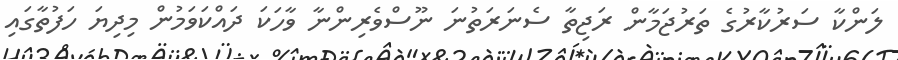
ލަންކާ ސަރުކާރުގެ ތަރުޖަމާން ރަޖިތާ ސެނަރަތުނަ ނޫސްވެރިންނާ ވާހަކަ ދައްކަވަމުން މިދިޔަ ހަފުތާގައި